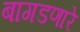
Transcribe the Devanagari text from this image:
बागडणारे